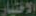
الاختيار